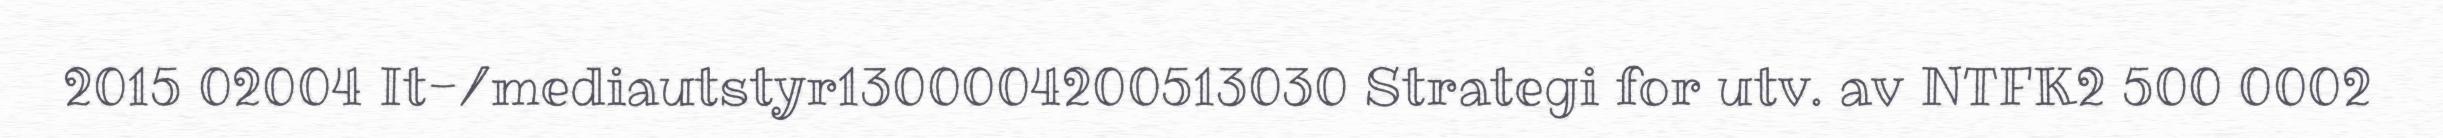
2015 02004 It-/mediautstyr1300004200513030 Strategi for utv. av NTFK2 500 0002